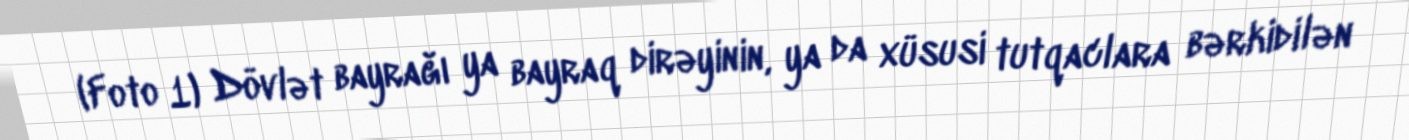
(Foto 1) Dövlət bayrağı ya bayraq dirəyinin, ya da xüsusi tutqaclara bərkidilən